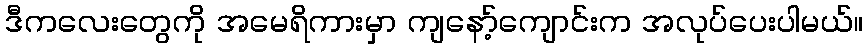
ဒီကလေးတွေကို အမေရိကားမှာ ကျနော့်ကျောင်းက အလုပ်ပေးပါမယ်။